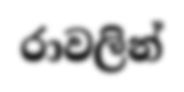
රාවලින්